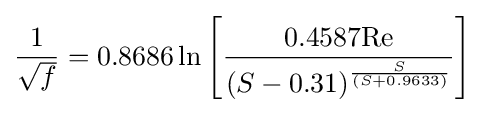
{\frac {1}{\sqrt {f}}}=0.8686\ln \left[{\frac {0.4587\mathrm {Re} }{(S-0.31)^{\frac {S}{(S+0.9633)}}}}\right]